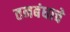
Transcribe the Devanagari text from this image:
तनबंधाचे